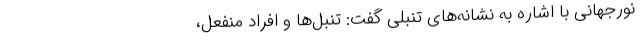
نورجهانی با اشاره به نشانه‌های تنبلی گفت: تنبل‌ها و افراد منفعل،